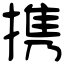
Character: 携